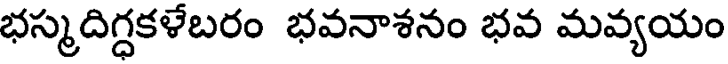
భస్మదిగ్ధకళేబరం భవనాశనం భవ మవ్యయం